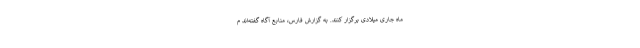
ماه جاری میلادی برگزار کنند. به گزارش فارس، منابع آگاه گفته‌اند م